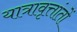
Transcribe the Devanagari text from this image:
यात्रावृत्तांतों